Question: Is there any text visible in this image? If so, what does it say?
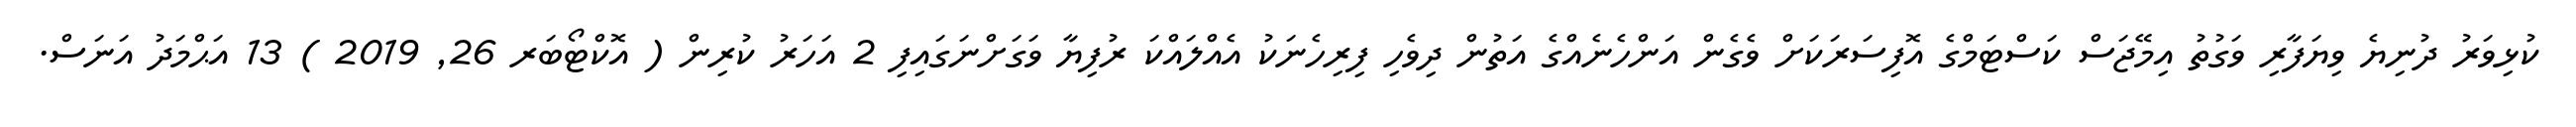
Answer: ކުޅިވަރު ދުނިޔެ ވިޔަފާރި ވަގުތު އިމޭޖަސް ކަސްޓަމްގެ އޮފިސަރަކަށް ވެގެން އަންހެނެއްގެ އަތުން ދިވެހި ފިރިހެނަކު އެއްލައްކަ ރުފިޔާ ވަގަށްނަގައިފި 2 އަހަރު ކުރިން ( އޮކްޓޯބަރ 26, 2019 ) 13 އަޙްމަދު އަނަސް.